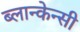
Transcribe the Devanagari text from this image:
ब्लान्केन्सी